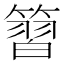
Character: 𥱵